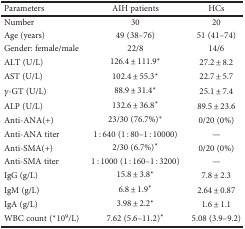
<table><thead><tr><td><b>Parameters</b></td><td><b>AIH patients</b></td><td><b>HCs</b></td></tr></thead><tbody><tr><td>Number</td><td>30</td><td>20</td></tr><tr><td>Age (years)</td><td>49 (38–76)</td><td>51 (41–74)</td></tr><tr><td>Gender: female/male</td><td>22/8</td><td>14/6</td></tr><tr><td>ALT (U/L)</td><td>126.4 ± 111.9<sup>∗</sup></td><td>27.2 ± 8.2</td></tr><tr><td>AST (U/L)</td><td>102.4 ± 55.3<sup>∗</sup></td><td>22.7 ± 5.7</td></tr><tr><td><i>γ</i>-GT (U/L)</td><td>88.9 ± 31.4<sup>∗</sup></td><td>25.1 ± 7.4</td></tr><tr><td>ALP (U/L)</td><td>132.6 ± 36.8<sup>∗</sup></td><td>89.5 ± 23.6</td></tr><tr><td>Anti-ANA(+)</td><td>23/30 (76.7%)<sup>∗</sup></td><td>0/20 (0%)</td></tr><tr><td>Anti-ANA titer</td><td>1 : 640 (1 : 80–1 : 10000)</td><td>—</td></tr><tr><td>Anti-SMA(+)</td><td>2/30 (6.7%)<sup>∗</sup></td><td>0/20 (0%)</td></tr><tr><td>Anti-SMA titer</td><td>1 : 1000 (1 : 160–1 : 3200)</td><td>—</td></tr><tr><td>IgG (g/L)</td><td>15.8 ± 3.8<sup>∗</sup></td><td>7.8 ± 2.3</td></tr><tr><td>IgM (g/L)</td><td>6.8 ± 1.9<sup>∗</sup></td><td>2.64 ± 0.87</td></tr><tr><td>IgA (g/L)</td><td>3.98 ± 2.2<sup>∗</sup></td><td>1.6 ± 1.1</td></tr><tr><td>WBC count (<sup>∗</sup>10<sup>9</sup>/L)</td><td>7.62 (5.6–11.2)<sup>∗</sup></td><td>5.08 (3.9–9.2)</td></tr></tbody></table>